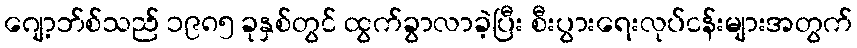
ဂျော့ဘ်စ်သည် ၁၉၈၅ ခုနှစ်တွင် ထွက်ခွာလာခဲ့ပြီး စီးပွားရေးလုပ်ငန်းများအတွက်